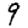
Digit: 9